Medical and sanitary report on the native army of Bombay for the year
Year: 1877
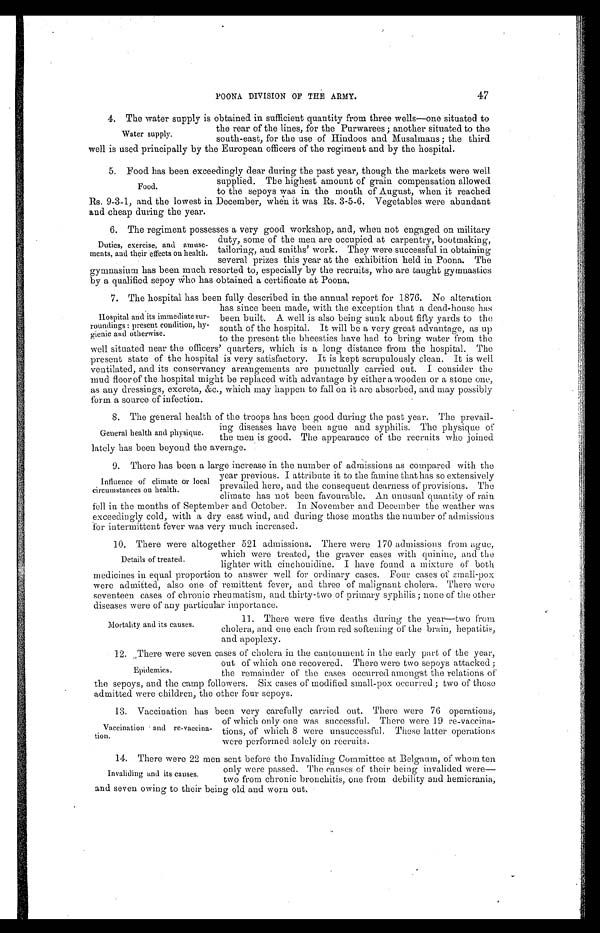
POONA DIVISION OF THE ARMY.
4. The water supply is obtained in sufficient quantity from three wells—one situated to
the rear of the lines, for the Purwarees; another situated to the
south-east, for the use of Hindoos and Musalmans; the third
well is used principally by the European officers of the regiment and by the hospital.
5 . F o o d h a s b e e n e x c e e d i n g l y d e a r d u r i n g t h e p a s t y e a r , t h o u g h t h e m a r k e t s w e r e w e l l
supplied. The highest amount of grain compensation allowed
to the sepoys was in the mouth of August, when it reached
Rs. 9-3-1, and the lowest in December, when it was Rs. 3-5-6. Vegetables were abundant
and cheap during the year.
6. The regiment possesses a very good workshop, and, when not engaged on military
duty, some of the men are occupied at carpentry, bootmaking,
tailoring, and smiths' work. They were successful in obtaining
several prizes this year at the exhibition held in Poona. The
gymnasium has been much resorted to, especially by the recruits, who are taught gymnastics
by a qualified sepoy who has obtained a certificate at Poona.
7. The hospital has been fully described in the annual report for 1876. No alteration
has since been made, with the exception that a dead-house has
been built. A well is also being sunk about fifty yards to the
south of the hospital. It will be a very great advantage, as up
to the present the bheesties have had to bring water from the
well situated near the officers' quarters, which is a long distance from the hospital. The
present state of the hospital is very satisfactory. It is kept scrupulously clean. It is well
ventilated, and its conservancy arrangements are punctually carried out. I consider the
mud floor of the hospital might be replaced with advantage by either a wooden or a stone one,
as any dressings, excreta, &c., which may happen to fall on it are absorbed, and may possibly
form a source of infection.
8. The general health of the troops has been good during the past year. The prevail-
ing diseases have been ague and syphilis. The physique of
the men is good. The appearance of the recruits who joined
lately has been beyond the average.
9. There has been a large increase in the number of admissions as compared with the
year previous. I attribute it to the famine that has so extensively
prevailed here, and the consequent dearness of provisions. The
climate has not been favourable. An unusual quantity of rain
fell in the months of September and October. In November and December the weather was
exceedingly cold, with a dry east wind, and during those months the number of admissions
for intermittent fever was very much increased.
10. There were altogether 521 admissions. There were 170 admissions from ague,
which were treated, the graver cases with quinine, and the
lighter with cinchonidine. I have found a mixture of both
medicines in equal proportion to answer well for ordinary cases. Four cases of small-pox
were admitted, also one of remittent fever, and three of malignant cholera. There were
seventeen cases of chronic rheumatism, and thirty-two of primary syphilis; none of the other
diseases were of any particular importance.
47
Water supply.
Food.
Duties, exercise, and amuse
-ments, and their effects on health.
Hospital and its immediate sur
-roundings: present condition, hy
-gienic and otherwise.
General health and physique.
Influence of climate or local
circumstances on health.
Details of treated.
Mortality and its causes.
11. There were five deaths during the year—two from
cholera, and one each from red softening of the brain, hepatitis,
and apoplexy.
12. There were seven cases of cholera in the cantonment in the early part of the year,
out of which one recovered. There were two sepoys attacked;
the remainder of the cases occurred amongst the relations of
the sepoys, and the camp followers. Six cases of modified small-pox occurred; two of those
admitted were children, the other four sepoys.
13. Vaccination has been very carefully carried out. There were 76 operations,
of which only one was successful. There were 19 re-vaccina
-tions, of which 8 were unsuccessful. These latter operations
were performed solely on recruits.
Epidemics.
Vaccination and re-vaccina
-tion.
14. There were 22 men sent before the Invaliding Committee at Belgaum, of whom ten
only were passed. The causes of their being invalided were
—two from chronic bronchitis, one from debility and hemicrania,
and seven owing to their being old and worn out
.
Invaliding and its causes.